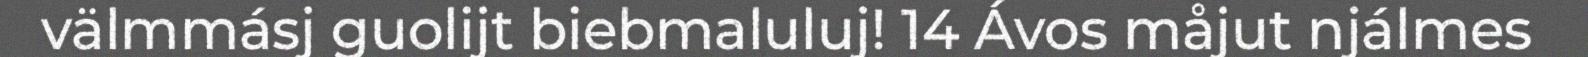
välmmásj guolijt biebmaluluj! 14 Ávos måjut njálmes